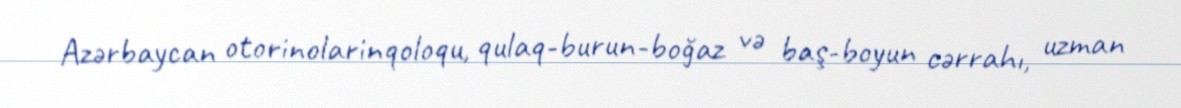
Azərbaycan otorinolarinqoloqu, qulaq-burun-boğaz və baş-boyun cərrahı, uzman